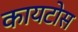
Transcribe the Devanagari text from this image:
कायटोस